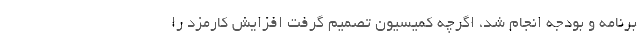
برنامه و بودجه انجام شد، اگرچه کمیسیون تصمیم گرفت افزایش کارمزد را